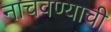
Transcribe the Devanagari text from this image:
नाचवण्याची